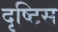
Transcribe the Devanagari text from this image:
दृष्टिस